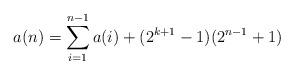
LaTeX: \begin{align*} a(n) = \sum_{i = 1}^{n - 1} a(i) + (2^{k + 1} - 1)(2^{n - 1} + 1) \end{align*}